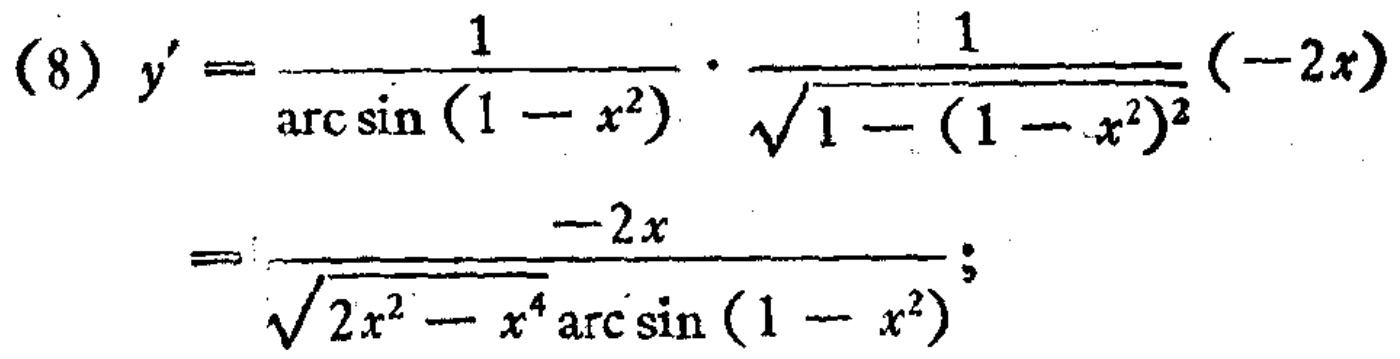
\[
\begin{align*}
(8)\ y'&=\frac{1}{\arcsin(1 - x^{2})}\cdot\frac{1}{\sqrt{1-(1 - x^{2})^{2}}}(-2x)\\
&=\frac{-2x}{\sqrt{2x^{2}-x^{4}}\arcsin(1 - x^{2})};
\end{align*}
\]